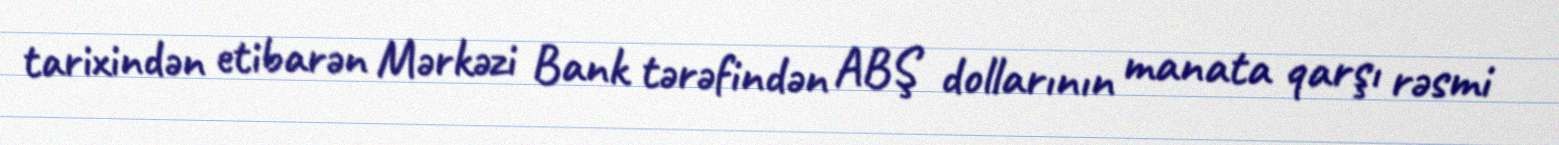
tarixindən etibarən Mərkəzi Bank tərəfindən ABŞ dollarının manata qarşı rəsmi